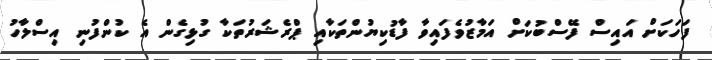
ފަހަކަށް އައިސް ފޭސްބުކަށް އަމާޒުވެފައިވާ ފާޑުކިޔުންތަކާއި ޕްރެޝަރުތަކާ ގުޅިގެން އެ ކުންފުނި އިސްލާހު